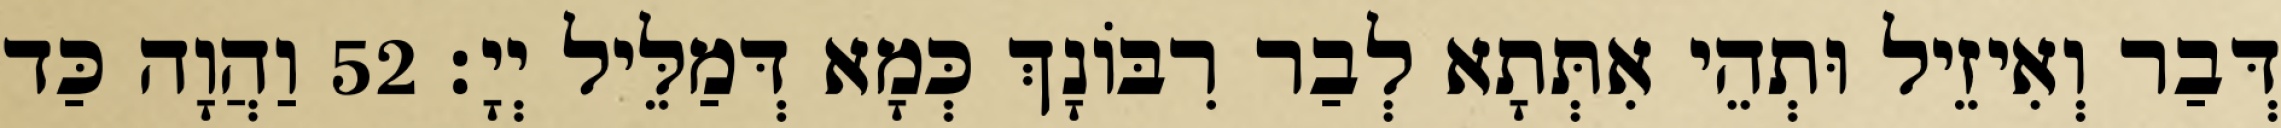
דְּבַר וְאִיזֵיל וּתְהֵי אִתְּתָא לְבַר רִבּוֹנָךְ כְּמָא דְּמַלֵּיל יְיָ׃ 52 וַהֲוָה כַּד